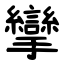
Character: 攣